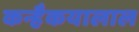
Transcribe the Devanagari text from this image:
कन्हैकयालाल